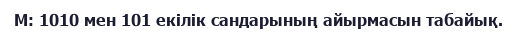
М: 1010 мен 101 екiлiк сандарының айырмасын табайық.